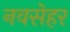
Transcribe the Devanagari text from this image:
नवसेहर